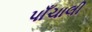
પાઁચાલી